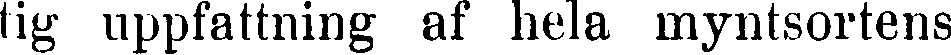
tig uppfattning af hela myntsortens